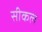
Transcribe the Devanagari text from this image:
सीकल